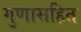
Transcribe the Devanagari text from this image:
गुणासहित